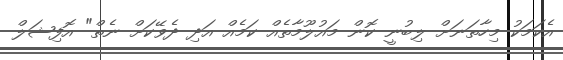
އެކަމަކު މިހާތަނަށް ލިބުނީ ކޮން މައުލޫމާތެއް ކަމެއް އަދި ދެވޭކަށް ނެތް" އޮފިޝަލް